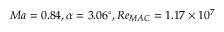
M a = 0 . 8 4 , \alpha = 3 . 0 6 ^ { \circ } , R e _ { M A C } = 1 . 1 7 \times { 1 0 ^ { 7 } }